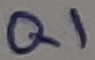
Text: Q1